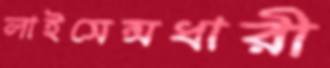
লাইসেন্সধারী